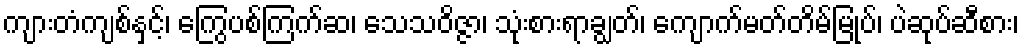
ကျားတံကျစ်နှင့်၊ ကြွေပစ်ကြက်ဆ၊ သေသဝိဇ္ဇာ၊ သုံးစားရာချွတ်၊ ကျောက်မတ်တိမ်မြုပ်၊ ပဲဆုပ်ဆီစား၊